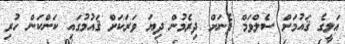
ޢަލީގެ ޤައުމަށް ސެލްވަމް ފެނަށް ދިރެމުން ދިޔަ ވަރަކަށް ޤައުމުގައި ކަންކަން ހުރި